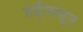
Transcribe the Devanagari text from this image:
हद्दीपासून